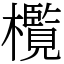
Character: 㰖